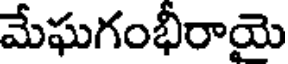
మేఘగంభీరాయై